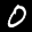
Label: 0